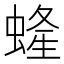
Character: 𧍰